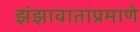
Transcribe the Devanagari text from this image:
झंझावाताप्रमाणे